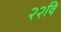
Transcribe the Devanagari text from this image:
२२वि